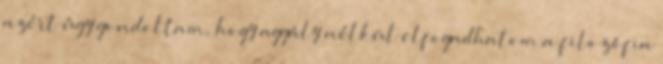
azért úgy gondoltam, hogy aggály nélkül elfogadhatom a filozófia